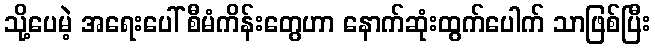
သို့ပေမဲ့ အရေးပေါ် စီမံကိန်းတွေဟာ နောက်ဆုံးထွက်ပေါက် သာဖြစ်ပြီး